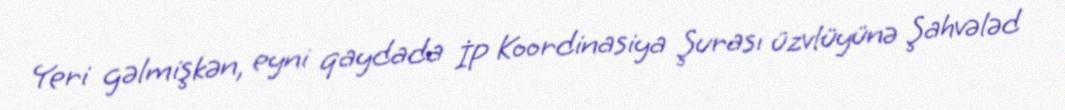
Yeri gəlmişkən, eyni qaydada İP Koordinasiya Şurası üzvlüyünə Şahvələd